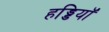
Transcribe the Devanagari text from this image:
हड्डियॉ